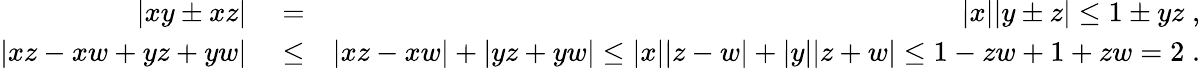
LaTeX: \begin{array}{rlr}{|xy\pm xz|}&{{}=}&{|x||y\pm z|\le 1\pm yz\; ,}\\ {|xz-xw+yz+yw|}&{{}\le}&{|xz-xw|+|yz+yw|\le|x||z-w|+|y||z+w|\le 1-zw+1+zw=2\; .}\end{array}